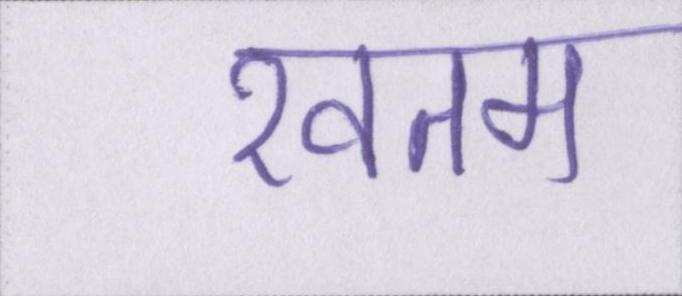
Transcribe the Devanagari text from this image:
खतम